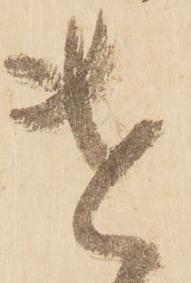
遣